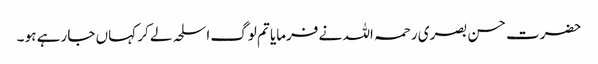
حضرت حسن بصری رحمہ اللہ نے فرمایا تم لوگ اسلحہ لے کر کہاں جا رہے ہو ۔